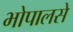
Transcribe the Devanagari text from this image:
भोपालसे